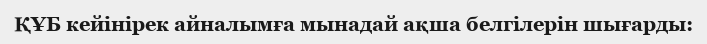
ҚҰБ кейінірек айналымға мынадай ақша белгілерін шығарды: